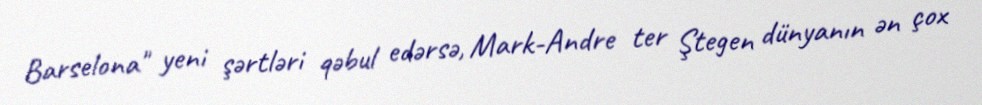
Barselona" yeni şərtləri qəbul edərsə, Mark-Andre ter Ştegen dünyanın ən çox